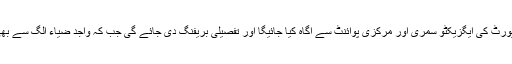
جیو کے مطابق وزیراعظم کو رپورٹ کی ایگزیکٹو سمری اور مرکزی پوائنٹ سے آگاہ کیا جائیگا اور تفصیلی بریفنگ دی جائے گی جب کہ واجد ضیاء الگ سے بھی وزیراعظم کو بریف کریں گے۔